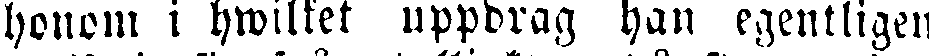
honom i hwilket uppdrag han egentligen